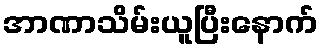
အာဏာသိမ်းယူပြီးနောက်